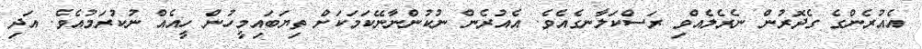
އެއުރެންގެ ގެދޮރުން ނެރެލެއްވި ރަސްކަލާނގެއެވެ. އެއުރެން ނުކުންނާނޭކަމަކަށް ތިޔަބައިމީހުން ހީއެއް ނުކުރަމުއެވެ. އަދި